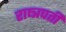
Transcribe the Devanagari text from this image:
राष्त्रपती